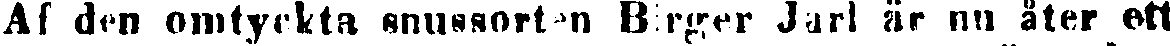
Af den omtyckta snussorten Birger Jarl är nu åter ett